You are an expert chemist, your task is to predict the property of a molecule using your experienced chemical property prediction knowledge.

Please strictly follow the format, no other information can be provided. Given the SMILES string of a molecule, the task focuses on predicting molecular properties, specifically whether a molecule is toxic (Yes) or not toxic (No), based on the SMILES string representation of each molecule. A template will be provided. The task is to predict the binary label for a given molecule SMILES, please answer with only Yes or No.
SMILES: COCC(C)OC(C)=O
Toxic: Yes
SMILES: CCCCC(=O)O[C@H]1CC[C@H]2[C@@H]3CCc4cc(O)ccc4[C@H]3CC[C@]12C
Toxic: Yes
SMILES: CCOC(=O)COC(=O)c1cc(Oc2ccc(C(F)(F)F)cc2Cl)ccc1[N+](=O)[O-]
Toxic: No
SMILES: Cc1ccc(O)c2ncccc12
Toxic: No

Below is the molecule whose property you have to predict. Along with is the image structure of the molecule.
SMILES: CCN(CC)CC(=O)Nc1c(C)cccc1C(=O)OC
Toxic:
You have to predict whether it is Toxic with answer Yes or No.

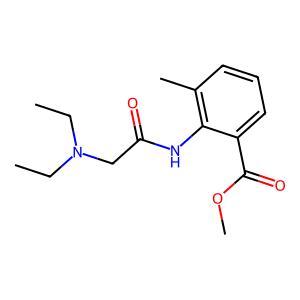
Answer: No